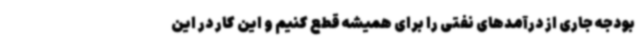
بودجه جاری از درآمدهای نفتی را برای همیشه قطع کنیم و این کار در این